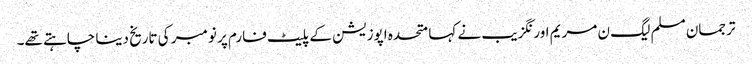
ترجمان مسلم لیگ ن مریم اورنگزیب نے کہا متحدہ اپوزیشن کے پلیٹ فارم پر نومبر کی تاریخ دینا چاہتے تھے۔